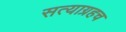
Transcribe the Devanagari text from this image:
सत्याग्रहच